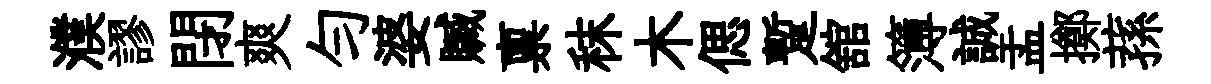
濮謬閉爽勻婆贓禀秣木偲蹔舘簿誠盂擲蓀